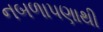
નબળાપણાથી